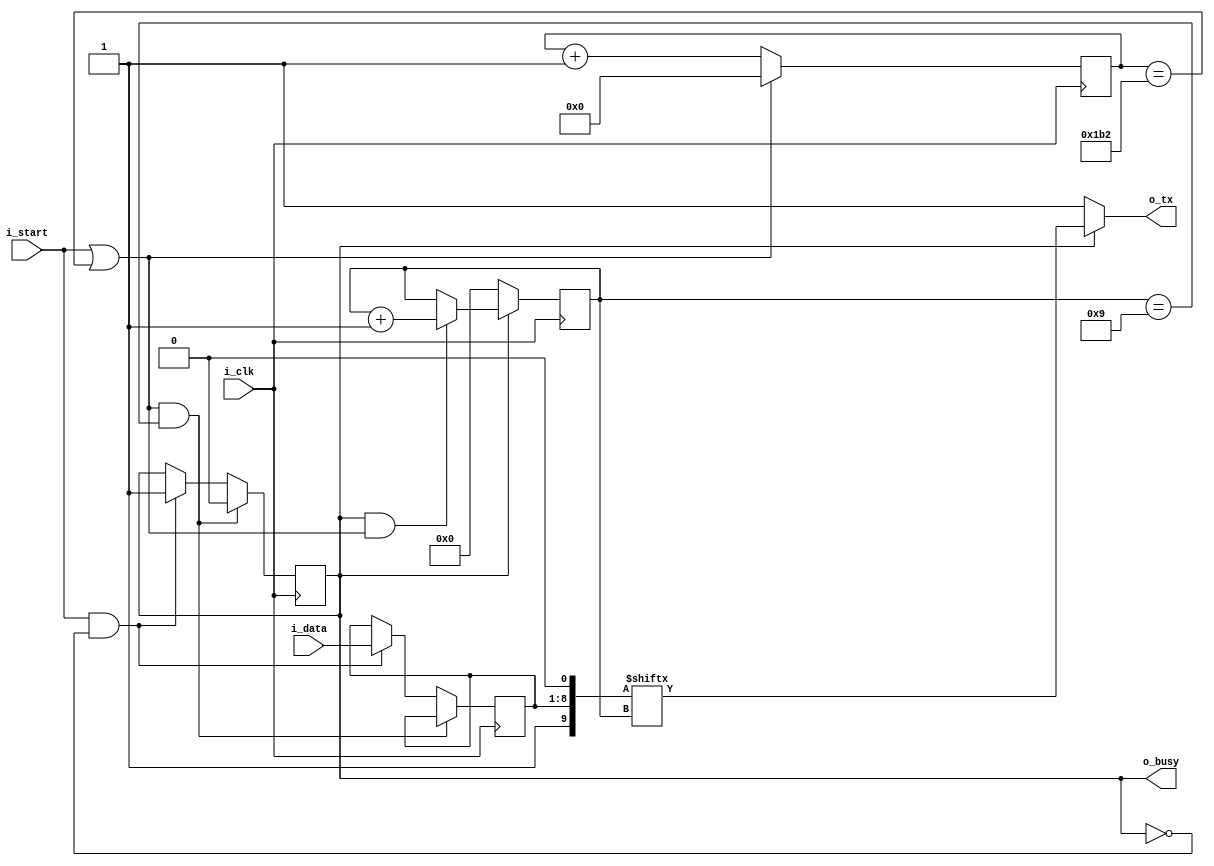


module uart_tx(i_clk, i_data, i_start, o_tx, o_busy);

	input i_clk;
	input [7:0] i_data;
	input i_start;
	output o_tx;
	output o_busy;
	
	wire i_clk;
	wire [7:0] i_data;
	wire i_start;
	wire o_tx;
	reg o_busy = 0;
	
	reg [4:0] bitnum;
	reg [7:0] data;
	wire [9:0] bits;
	reg [10:0] div = 0;
	
	wire div_count;
	wire div_reset;
	
	wire bitnum_count;
	wire bitnum_reset;
	
	always @(posedge i_clk)
		
		if(div_reset && (bitnum == 9))

			o_busy <= 0;

		else if(i_start && (o_busy==0)) begin

			data <= i_data;
			o_busy <= 1;
		end


	assign bits[0] = 0;
	assign bits[8:1] = data;
	assign bits[9] = 1;

	always @(posedge i_clk) begin

		if(div_reset) 
			div <= 0;
		else if(div_count) 
			div <= div + 1;

		if(bitnum_reset)
			bitnum <= 0;
		else if(bitnum_count)
			bitnum <= bitnum + 1;


	end
	
	assign div_reset = i_start || (div == 434);
	assign div_count = 1;
	
	assign bitnum_reset = ~o_busy;
	assign bitnum_count = o_busy & div_reset;

	assign o_tx = o_busy ? bits[bitnum] : 1;
	
endmodule